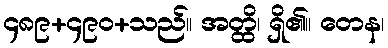
၄၈၉+၄၉၀+သည်။ အတ္ထိ၊ ရှိ၏။ တေန၊